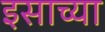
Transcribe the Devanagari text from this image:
इसाच्या